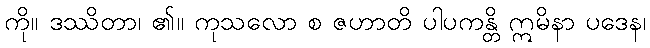
ကို။ ဒဿိတာ၊ ၏။ ကုသလော စ ဇဟာတိ ပါပကန္တိ ဣမိနာ ပဒေန၊